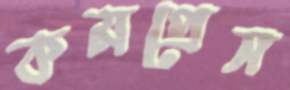
কমপ্রেস